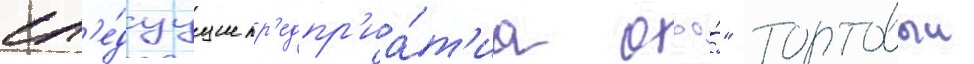
сл'е́дуущие пр'едпр'иа́т'иа ооо́" торговыи